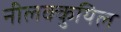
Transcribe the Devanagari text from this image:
नीलक्कुयिल